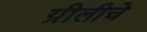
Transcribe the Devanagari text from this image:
ग्रीलीचे